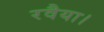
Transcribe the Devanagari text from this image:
रवैया।